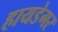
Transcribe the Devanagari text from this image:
हायडेगर